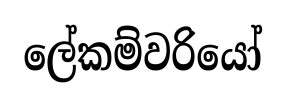
ලේකම්වරියෝ